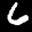
Label: 6